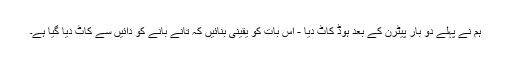
ہم نے پہلے دو بار پیٹرن کے بعد ہوڈ کاٹ دیا - اس بات کو یقینی بنائیں کہ تانے بانے کو دائیں سے کاٹ دیا گیا ہے۔